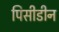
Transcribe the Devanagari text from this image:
पिसीडीन